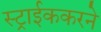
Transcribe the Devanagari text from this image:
स्ट्राईककरने